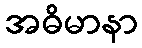
အဓိမာနာ